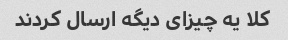
کلا یه چیزای دیگه ارسال کردند